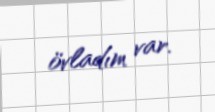
övladım var.